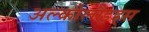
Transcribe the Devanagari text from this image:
अल्कोलौइड्स